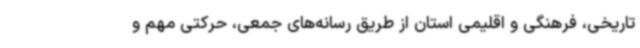
تاریخی، فرهنگی و اقلیمی استان از طریق رسانه‌های جمعی، حرکتی مهم و